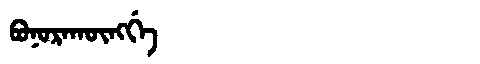
Manchu: ᠪᠣᠨᠣᡵᠠᡴᡡᠩᡤᡝ
Romanization: BONORAKŪNGGE